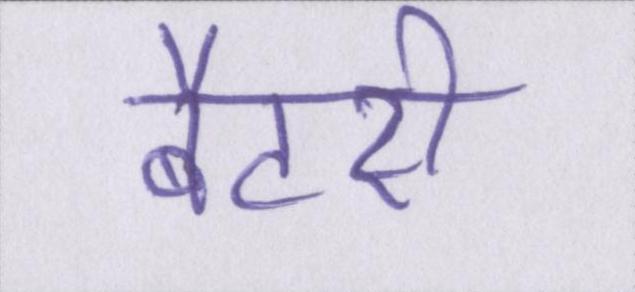
बैटरी